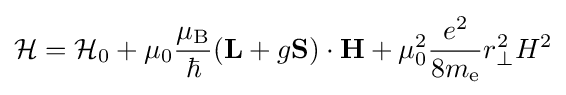
{\mathcal {H}}={\mathcal {H}}_{0}+\mu _{0}{\frac {\mu _{\rm {B}}}{\hbar }}(\mathbf {L} +g\mathbf {S} )\cdot \mathbf {H} +\mu _{0}^{2}{\frac {e^{2}}{8m_{\rm {e}}}}r_{\perp }^{2}H^{2}